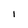
Character: I